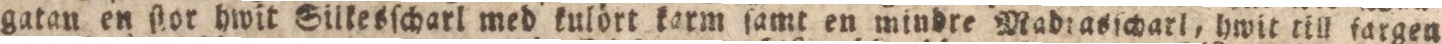
gatan en ſtor hwit Silkesſcharl med kulört karm ſamt en mindre Madtasſcharl, hwit till fargen